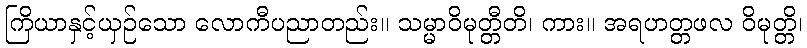
ကြိယာနှင့်ယှဉ်သော လောကီပညာတည်း။ သမ္မာဝိမုတ္တီတိ၊ ကား။ အရဟတ္တဖလ ဝိမုတ္တိ၊